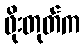
ဖိုးတုတ်က